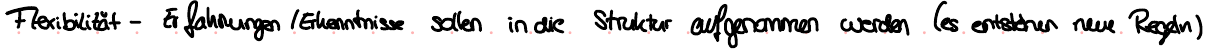
Flexibilität - Erfahrungen / Erkenntnisse sollen in die Struktur aufgenommen werden (es entstehen neue Regeln)